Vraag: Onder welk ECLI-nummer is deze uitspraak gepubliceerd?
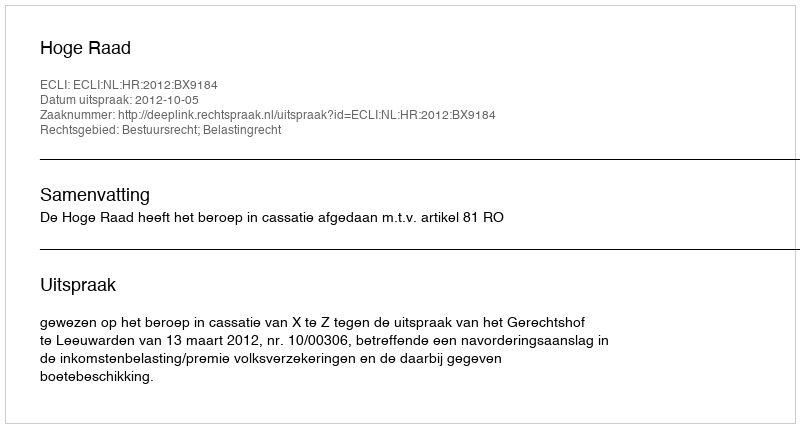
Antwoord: ECLI:NL:HR:2012:BX9184